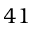
4 1